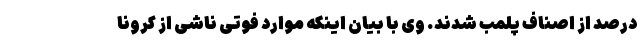
درصد از اصناف پلمب شدند. وی با بیان اینکه موارد فوتی ناشی از کرونا